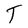
Character: T